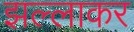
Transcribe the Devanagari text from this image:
झल्लाकर